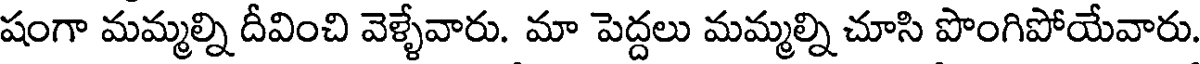
షంగా మమ్మల్ని దీవించి వెళ్ళేవారు. మా పెద్దలు మమ్మల్ని చూసి పొంగిపోయేవారు